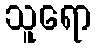
သူရော